Vital statistics of India. Vol. IV, Annual returns from 1871 to 1876. British Army of India, Native Army and jails of Bengal
Year: 1871
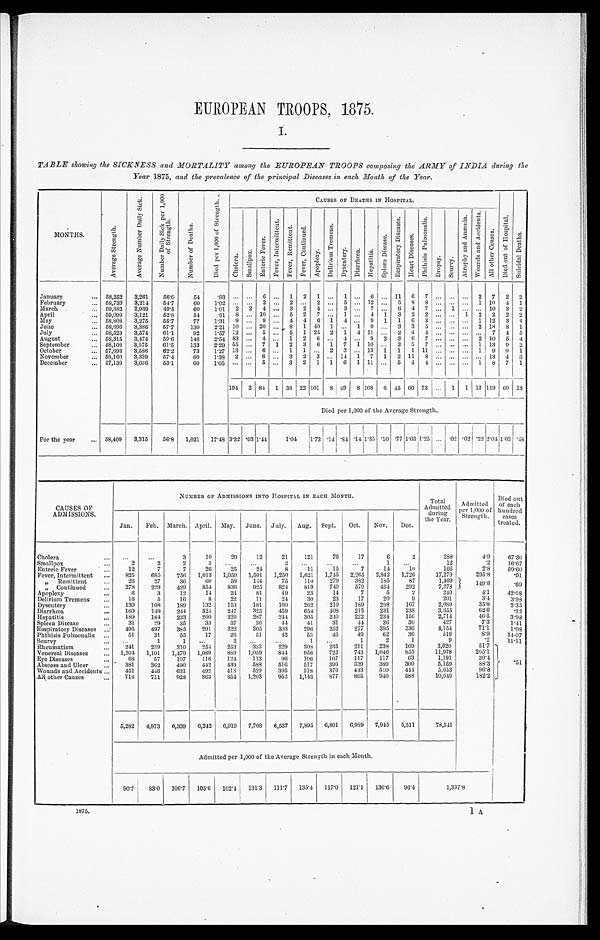
EUROPEAN TROOPS, 1875.
I.
TABLE showing the SICKNESS and MORTALITY among the EUROPEAN TROOPS composing the ARMY of INDIA during the
Year 1875, and the prevalence of the principal Diseases in each Month of the Year.
MONTHS.
A v e r a g e S t r e n g t h .
A v e r a g e N u m b e r D a i l y S i c k .
N u m b e r D a i l y S i c k p e r 1 , 0 0 0
o f S t r e n g t h .
N u m b e r o f D e a t h s .
D i e d p e r 1 , 0 0 0 o f S t r e n g t h .
CAUSES OF DEATHS IN HOSPITAL.
D i e d o u t o f H o p i t a l .
S u i c i d a l D e a t h s .
C h o l e r a . S m a l l p o x .
E n t e r i c F e v e r .
F e v e r , I n t e r m i t t e n t .
F e v e r , R e m i t t e n t . F e v e r , C o n t i n u e d .
A p o p l e x y .
D e l i r i u m T r e m e n s .
D y s e n t e r y . D i a r r h œ a . H e p a t i t i s .
S p l e e n D i s e a s e .
R e s p i r a t o r y D i s e a s e s .
H e a r t D i s e a s e s .
P h t h i s i s P u l m o n a l i s .
Dr o p s y . S c u r v y .
A t r o p h y a n d A n æ m i a .
W o u n d s a n d A c c i d e n t s .
A l l o t h e r C a u s e s .
January
58,252 3,261 56.0
54
. 9 3
6
1 2 1
1
6
11 6 7
2 7 2 2
February
58,733 3,214 54.7
60 1.02
2
2
2
5
12
5 8 8
1 10 4 1
March
59,382 2,939 49.5
60 1.01 2 2 4
3 2 4
3
7
6 4 7
1
10 3 2
April
59,099 3,121 52.8
54
. 9 18
10
5 2 7
1
4 1 3 2 2
1 2 2 2 2
May
58,808 3,275 55.7
77 1.31 9
9
4 4 6 1 4
9 1 1 6 3
1 12 3 4
June
58,696 3,386 57.7
130 2.21 10
20
8 1 40 1
1 9
3 3 5
2 18 8 1
July
58,523 3,574 61.1
92 1.57 12
5
5 1 25 2 1 4 11
2 4 4
7 4 5
August
58,315 3,474 59.6
148 2.54 83
4
1 2 6
4
9 2 3 6 7
2 10 5 4
September
58,108 3,575 61.5
133 2.29 55
7 1 2 3 6 1 7 1 10
3 5 7
1 13 9 2
October
57,693 3,586 62.2
73 1.27 13
6
1 1
2 3
13
1 1 1 11
1 9 9 1
November
58,160 3,339 57.4
80 1.38 2
6
3 2 3
14 1 7 1 2 11 8
13 4 3
December
57,139 3,036 53.1
60 1.05
5
3 2 1 1 6 1 11
5 4 4
1 8 7 1
194 2 84 1 38 22 101 8 49
8
108 6 45 60 73
1 1 13 119 6 0 28
Died per 1,000 of the Average Strength.
For the year
58,409 3,315 56.8 1,021 17.48 3.32 .03 1.44
1 . 0 4
1.73 .14 .84 .14 1.85 .10 .77 1.03 1.25
.02 .02 .22 2.04 1.03 .48
CAUSES OF
ADMISSIONS.
NUMBER OF ADMISSIONS INTO HOSPITAL IN EACH MONTH.
Total Admitted during the Year.
Admitted
per 1,000 of
Strength.
Died out
of each
hundred
cases
treated.
Jan. Feb. March. April. May. June. July. Aug. Sept. Oct. Nov. Dec.
Cholera
3
10
20
12
21
121
76
17
6
2
288
4.9
67.36
Smallpox
2
2
2
3
2
1
12
.2
16.67
Enteric Fever
12
7
7
26
25
24
8
11
15
7
14
10
166
2.8
5 0 . 6 0
Fever, Intermittent
825
685
756 1,013 1,050 1,501 1,250 1,621 1,745 2,265 2,842 1,726
17,279
295.8
.01
„ R e m i t t e n t
26
27
36
60
58
144
75
110
279 382
185
87
1,469
149.8
.69
„ C o n t i n u e d 278
229
429
854 836
925
824
819
749
579
464 292
7,278
Apoplexy
6
3
12
14
24
81
49
23
14
7
5
2
240
4.1
42.0
8
Delirium Tremens
16
5
16
8
22
11
24
30
23
17
20
9
201
3.4
3.9
8
Dysentery
130
108 189
132
153
181
160
262
210
189
208 167
2,089
35.8
2.35
Diarrhœa
160
149
244
325 247
325
459
654 408 215 231
238
3,655
62.6
.22
Hepatitis
189
184
233
200
220
287
244
305
240
222
234
156
2,714
46.5
3.9
8
Spleen Disease
31
29
35
33
37
36
44
41
31
44
36
30
427
7.3
1.41
Respiratory Diseases
495
497
385 291
322
305
303
296
252
277
395
336
4,154
71.1
1 . 0 8
Phthisis Pulmonalis
51
31
55
17
26
51
42
53
46
49
62
36
519
8.9
14.07
Scurvy
1
1
2
1
1
2
1
9
. 2 11.11
Rheumatism
2 4 1
2 3 9
3 1 0
2 5 4
2 5 3
3 3 3
2 2 9
3 0 8
2 3 5
2 1 1
2 3 8
1 6 9
3 , 0 2 0
5 1 . 7
.51
Venereal Diseases
1,204 1,101 1,470 1,089
8 8 9
1 , 0 5 9
8 4 4
9 5 6
7 2 2
7 4 3
1 , 0 4 6
8 5 5
1 1 , 9 7 8
2 0 5 . 1
Eye Diseases
68
57
107
1 1 6
1 2 4
1 1 3
9 6
1 0 6
1 0 7
1 1 7
1 1 7
6 3
1 , 1 9 1
2 0 . 4
Abscess and Ulcer
3 8 1
3 6 2
4 9 0
4 4 2
4 3 9
5 8 8
5 1 6
5 1 7
3 9 6
3 3 9
3 8 9
3 0 0
5 , 1 5 9
8 8 . 3
Wounds and Accidents
All other Causes
451
716
446
711
631
928
4 9 2
863
4 1 8
854
5 2 9
1,203
3 9 5
952
5 1 8
1,143
3 7 6
877
4 4 3
865
5 1 0
940
4 4 4
588
5 , 6 5 3
10,640
9 6 . 8
182.2
5,282 4,873 6,339 6,242 6,019 7,708 6,537 7,895 6,801 6,989 7,945 5,511
78,141
Admitted per 1,000 of the Average Strength in each Month.
90.7 83.0 106.7 105.6 102.4 1 3 1 . 3
111.7 135.4 117.0 121.1 136.6 96.4
1 , 3 3 7 . 8
1875.
1 A